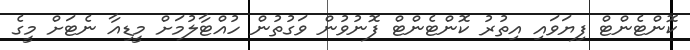
ކޮންޓެންޓް ފިޔަވައި އިތުރު ކޮންޓެންޓް ފޮނުވުން ވަގުތުން ހުއްޓާލުމަށް މީޑިއާ ނެޓަށް މީގެ